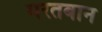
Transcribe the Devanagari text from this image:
मरतबान